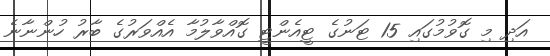
އަދި މި ގޮވުމުގައި 15 ޓަނުގެ ޓީއެންޓީ ގޮއްވާލުމާ އެއްވަރުގެ ބާރު ހުންނާނެ